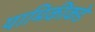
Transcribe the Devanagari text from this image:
यामिकीकडे